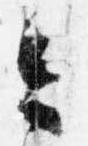
今